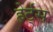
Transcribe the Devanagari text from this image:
हेर्ट्‌स